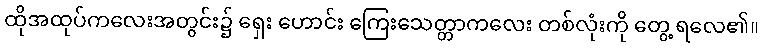
ထိုအထုပ်ကလေးအတွင်း၌ ရှေး ဟောင်း ကြေးသေတ္တာကလေး တစ်လုံးကို တွေ့ ရလေ၏။